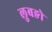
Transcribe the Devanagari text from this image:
लुबङो